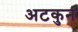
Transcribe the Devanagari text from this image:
अटकुन